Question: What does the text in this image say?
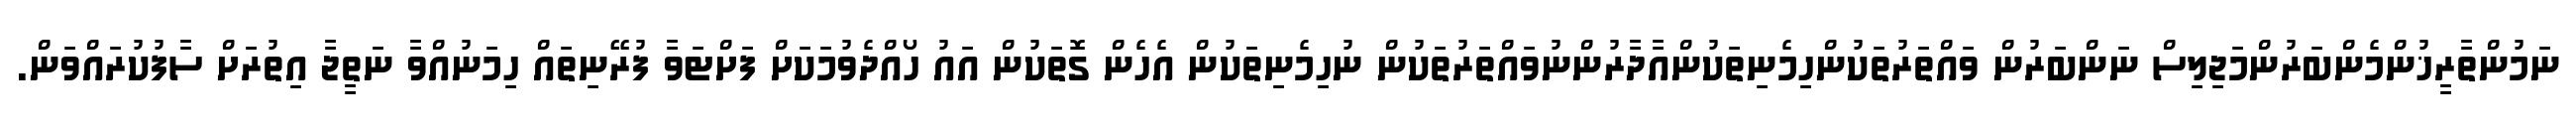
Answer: ނަމުންތާރީޚުންމެންބަރުންމަޖިލިސް ނަންބަރުން ވައްތަރުތަކުންހިމެނިތަކުންއާދާރުންނުވައްތަރުތަކުން ނުހިމެނިތަކުން އެހެން ގޮތަކުން އައު ހޯއްދެވުމަކަށް ފަށްޓަވާ ފުރޭނިތައް ހިމަނުއްވާ ނަތީޖާ އިތުރަށް ސާފުކުރައްވަން.